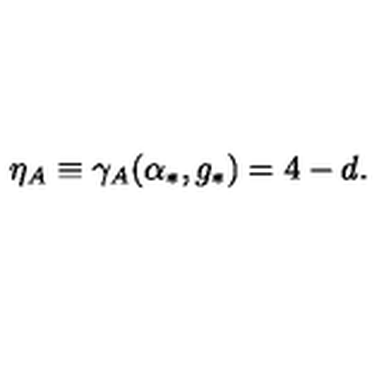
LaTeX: \eta _ { A } \equiv \gamma _ { A } ( \alpha _ { * } , g _ { * } ) = 4 - d .